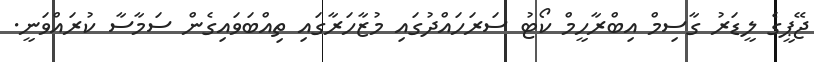
ޖޭޕީގެ ލީޑަރު ގާސިމް އިބްރާހީމް ކޯޓު ސަރަހައްދުގައި މުޒާހަރާގައި ތިއްބަވައިގެން ސަމާސާ ކުރައްވަނީ.